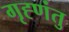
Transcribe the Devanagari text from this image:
गृह्णंतु